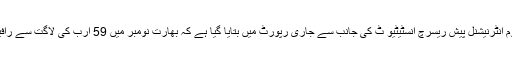
گلوبل تھنک ٹینک سٹاک ہوم انٹرنیشنل پیش ریسرچ انسٹیٹیو ٹ کی جانب سے جاری رپورٹ میں بتایا گیا ہے کہ بھارت نومبر میں 59 ارب کی لاگت سے رافیل طیارے بھی خریدے گا۔